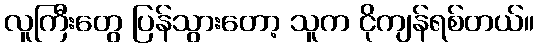
လူကြီးတွေ ပြန်သွားတော့ သူက ငိုကျန်ရစ်တယ်။